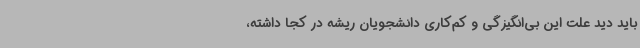
باید دید علت این بی‌انگیزگی و کم‌کاری دانشجویان ریشه در کجا داشته،